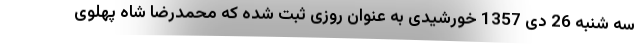
سه شنبه 26 دی 1357 خورشیدی به عنوان روزی ثبت شده که محمد‌رضا شاه پهلوی